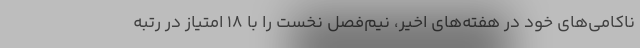
ناکامی‌های خود در هفته‌های اخیر، نیم‌فصل نخست را با 18 امتیاز در رتبه